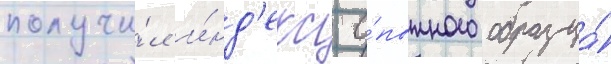
получи́л и́нд'екс о́пытного образца́